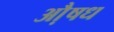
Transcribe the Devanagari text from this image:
औ़षध